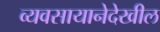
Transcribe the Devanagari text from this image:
व्यवसायानेदेखील